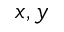
x , y